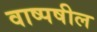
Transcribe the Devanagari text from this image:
वाष्पषील